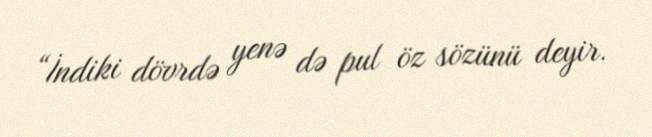
“İndiki dövrdə yenə də pul öz sözünü deyir.